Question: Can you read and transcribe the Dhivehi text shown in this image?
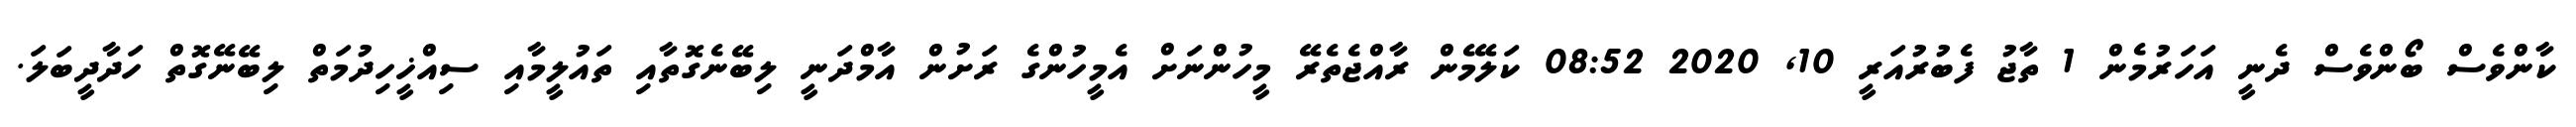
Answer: ކާންވެސް ބޯންވެސް ދެނީ އަހަރުމެން 1 ތާޖު ފެބުރުއަރީ 10, 2020 08:52 ކަލޭމެން ރާއްޖެތެރޭ މީހުންނަށް އެމީހުންގެ ރަށުން އާމްދަނީ ލިބޭނެގޮތާއި ތައުލީމާއި ސިއްޚީހިދުމަތް ލިބޭނޭގޮތް ހަދާދީބަލަ.